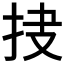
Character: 𱟰